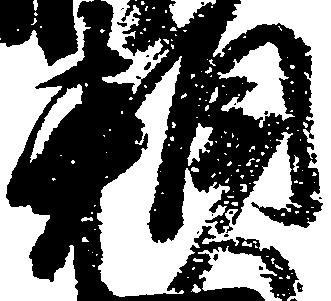
頼